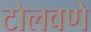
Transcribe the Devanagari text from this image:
टोलवणे